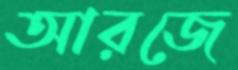
আরজে